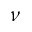
\nu